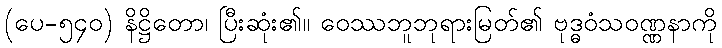
(ပေ-၅၄၀) နိဋ္ဌိတော၊ ပြီးဆုံး၏။ ဝေဿဘူဘုရားမြတ်၏ ဗုဒ္ဓဝံသဝဏ္ဏနာကို